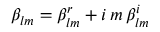
\beta _ { l m } = \beta _ { l m } ^ { r } + i \, m \, \beta _ { l m } ^ { i }